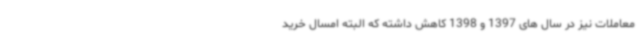
معاملات نیز در سال های 1397 و 1398 کاهش داشته که البته امسال خرید